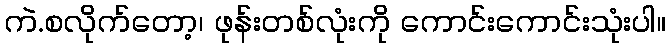
ကဲ.စလိုက်တော့၊ ဖုန်းတစ်လုံးကို ကောင်းကောင်းသုံးပါ။